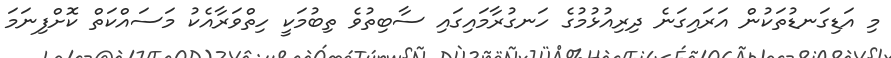
މި އަޑިގަނޑުތަކުން އަރައިގަނެ ދިރިއުޅުމުގެ ހަނގުރާމައިގައި ސާބިތުވެ ތިބުމަކީ ހިތްވަރާއެކު މަސައްކަތް ކޮށްފިނަމަ